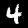
Label: 4